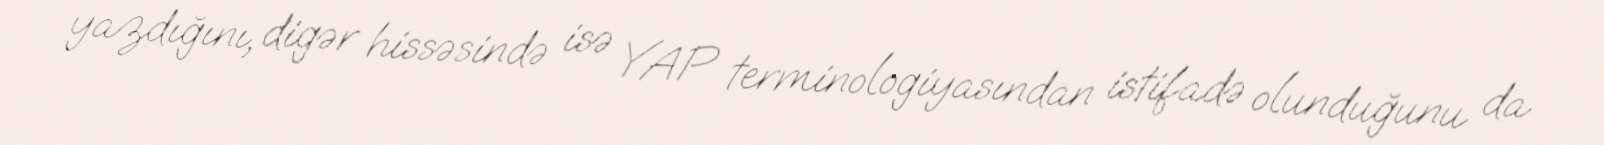
yazdığını, digər hissəsində isə YAP terminologiyasından istifadə olunduğunu da